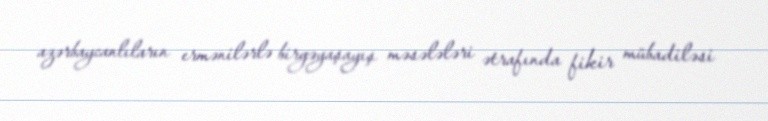
azərbaycanlıların ermənilərlə birgəyaşayış məsələləri ətrafında fikir mübadiləsi